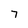
Character: 7